Report on plague and inoculation in the Punjab from October 1st ... to September 30th..., being the ... season of plague in the province
Disease focus: Plague
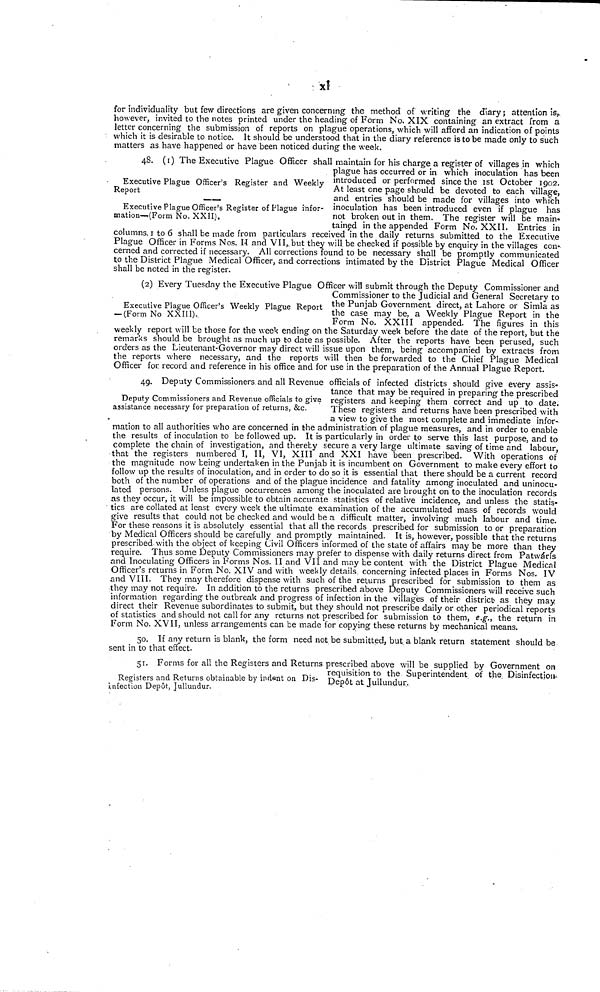
x1
for individuality but few directions are given concerning the method of writing the diary ; attention is,,
however, invited to the notes printed under the heading of Form No. XIX containing an extract from a
letter concerning the submission of reports on plague operations, which will afford an indication of points
which it is desirable to notice. It should be understood that in the diary reference is to be made only to such
matters as have happened or have been noticed during the week.
Executive Plague Officer's Register and Weekly
Report
Executive Plague Officer's Register of Plague infor-
mation—(Form No. XXII).
4S. (1) The Executive Plague Officer shall maintain for his charge a register of villages in which
plague has occurred or in which inoculation has been
introduced or performed since the 1st October 1902.
At least one page should be devoted to each village,
and entries should be made for villages into which
inoculation has been introduced even if plague has
not broken out in them. The register will be main-
tained in the appended Form No. XXII. Entries in
columns, 1 to 6 shall be made from particulars received in the daily returns submitted to the Executive
Plague Officer in Forms Nos, II and VII,. but they will be checked if possible by enquiry in the villages con-
cerned and corrected if necessary. All corrections found to be necessary shall be promptly communicated
to the District Plague Medical Officer, and corrections intimated by the District Plague Medical Officer
shall be noted in the register.
Executive Plague Officer's Weekly Plague Report
— (Form No XXIII).
(2) Every Tuesday the Executive Plague Officer will submit through the Deputy Commissioner and
Commissioner to the Judicial and General Secretary to
the Punjab Government direct, at Lahore or Simla as
the case may be, a Weekly Plague Report in the
Form No. XXIII appended. The figures in this
weekly report will be those for the week ending on the Saturday week before the date of the report, but the
remarks should be brought as much up to date as possible. After the reports have been perused, such
orders as the Lieutenant-Governor may direct will issue upon them, being accompanied by extracts from
the reports where necessary, and the reports will then be forwarded to the Chief Plague Medical
Officer for record and reference in his office and for use in the preparation of the Annual Plague Report.
Deputy Commissioners and Revenue officials to give
assistance necessary for preparation of returns, &c.
49. Deputy Commissioners and all Revenue officials of infected districts should give every assis-
tance that may be required in preparing the prescribed
registers and keeping them correct and up to date.
These registers and returns have been prescribed with
a view to give the most complete and immediate infor-
mation to all authorities who are concerned in the administration of plague measures, and in order to enable
the results of inoculation to be followed up. It is particularly in order to serve this last purpose, and to
complete the chain of investigation, and thereby secure a very large ultimate saving of time and labour,
that the registers numbered I, II, VI, XIII and XXI have been prescribed. With operations of
the magnitude now being undertaken in the Punjab it is incumbent on Government to make every effort to
follow up the results of inoculation, and in order to do so it is essential that there should be a current record
both of the number of operations and of the plague incidence and fatality among inoculated and uninocu-
Vated persons. Unless plague occurrences among the inoculated are brought on to the inoculation records
as they occur, it will be impossible to obtain accurate statistics of relative incidence, and unless the statis-
tics are collated at least every week the ultimate examination of the accumulated mass of records would
give results that could not be checked and would be a difficult matter, involving much labour and time.
For these reasons it is absolutely essential that all the records prescribed for submission to or preparation
by Medical Officers should be carefully and promptly maintained. It is, however, possible that the returns
prescribed with the object of keeping Civil Officers informed of the state of affairs may be more than they
require. Thus some Deputy Commissioners may prefer to dispense with daily returns direct from Patwárís
and Inoculating Officers in Forms Nos. II and VII and may be content with the District Plague Medical
Officer's returns in Form No. XIV and with weekly details concerning infected places in Forms Nos. IV
and VIII. They may therefore dispense with such of the returns prescribed for submission to them as
they may not require. In addition to the returns prescribed above Deputy Commissioners will receive such
information regarding the outbreak and progress of infection in the villages of their district as they may
direct their Revenue subordinates to submit, but they should not prescribe daily or other periodical reports
of statistics and should not call for any returns not prescribed for submission to them, e.g., the return in
Form No. XVII, unless arrangements can be made for copying these returns by mechanical means.
50. If any return is blank, the form need not be submitted, but a blank return statement should be
sent in to that effect.
Registers and Returns obtainable by indent on Dis-
infection Depôt, Jullundur.
51. Forms for all the Registers and Returns prescribed above will be supplied by Government on
requisition to the Superintendent of the. Disinfection.
Depôt at Jullundur.